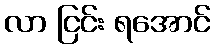
လာ ငြင်း ရအောင်